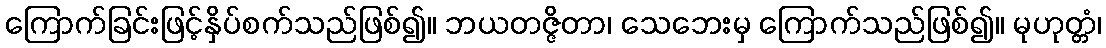
ကြောက်ခြင်းဖြင့်နှိပ်စက်သည်ဖြစ်၍။ ဘယတဇ္ဇိတာ၊ သေဘေးမှ ကြောက်သည်ဖြစ်၍။ မုဟုတ္တံ၊